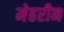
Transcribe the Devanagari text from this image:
मेहरीन